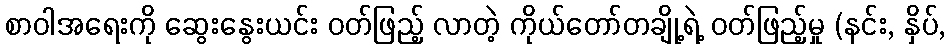
စာဝါအရေးကို ဆွေးနွေးယင်း ဝတ်ဖြည့် လာတဲ့ ကိုယ်တော်တချို့ရဲ့ ဝတ်ဖြည့်မှု (နင်း, နှိပ်,